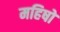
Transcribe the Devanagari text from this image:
महिषो